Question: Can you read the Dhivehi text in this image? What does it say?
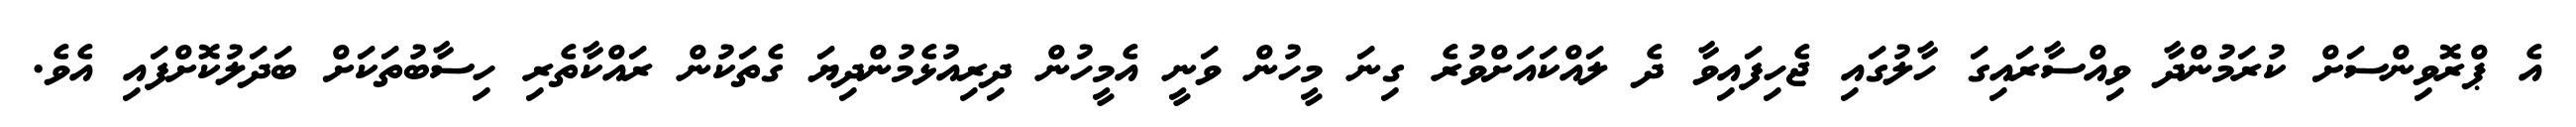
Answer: އެ ޕްރޮވިންސަށް ކުރަމުންދާ ވިއްސާރައިގަ ހާލުގައި ޖެހިފައިވާ ދެ ލައްކައަށްވުރެ ގިނަ މީހުން ވަނީ އެމީހުން ދިރިއުޅެމުންދިޔަ ގެތަކުން ރައްކާތެރި ހިސާބުތަކަށް ބަދަލުކޮށްފައި އެވެ.